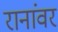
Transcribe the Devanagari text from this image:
रानांवर